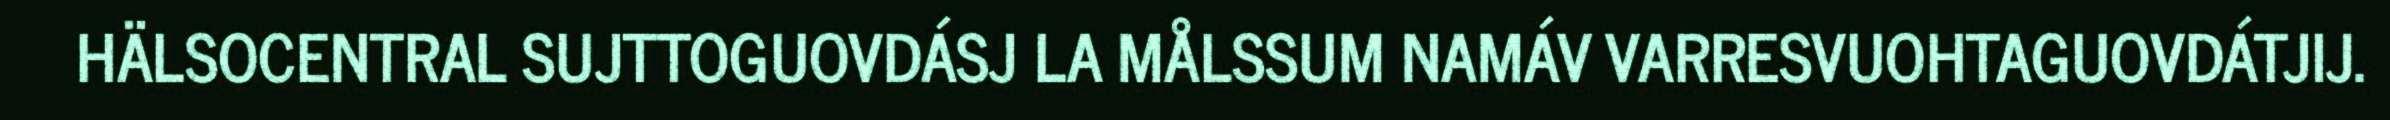
HÄLSOCENTRAL SUJTTOGUOVDÁSJ LA MÅLSSUM NAMÁV VARRESVUOHTAGUOVDÁTJIJ.